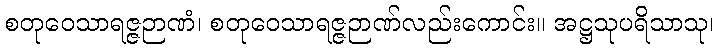
စတုဝေသာရဇ္ဇဉာဏံ၊ စတုဝေသာရဇ္ဇဉာဏ်လည်းကောင်း။ အဋ္ဌသုပရိသာသု၊